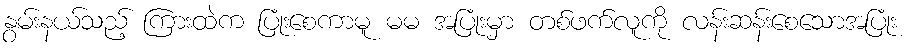
နွမ်းနယ်သည့် ကြားထဲက ပြုံးစေကာမူ မမ အပြုံးမှာ တစ်ဖက်လူကို လန်းဆန်းစေသောအပြုံး